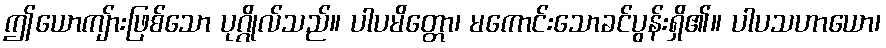
ဤယောကျ်ားဖြစ်သော ပုဂ္ဂိုလ်သည်။ ပါပမိတ္တော၊ မကောင်းသောခင်ပွန်းရှိ၏။ ပါပသဟာယော၊